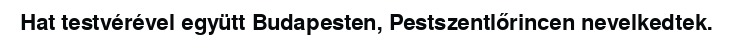
Hat testvérével együtt Budapesten, Pestszentlőrincen nevelkedtek.